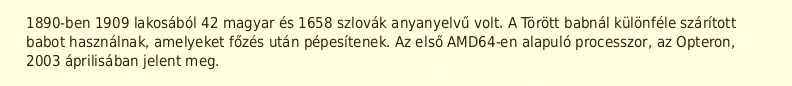
1890-ben 1909 lakosából 42 magyar és 1658 szlovák anyanyelvű volt. A Törött babnál különféle szárított babot használnak, amelyeket főzés után pépesítenek. Az első AMD64-en alapuló processzor, az Opteron, 2003 áprilisában jelent meg.